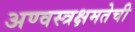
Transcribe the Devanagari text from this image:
अण्वस्त्रक्षमतेची